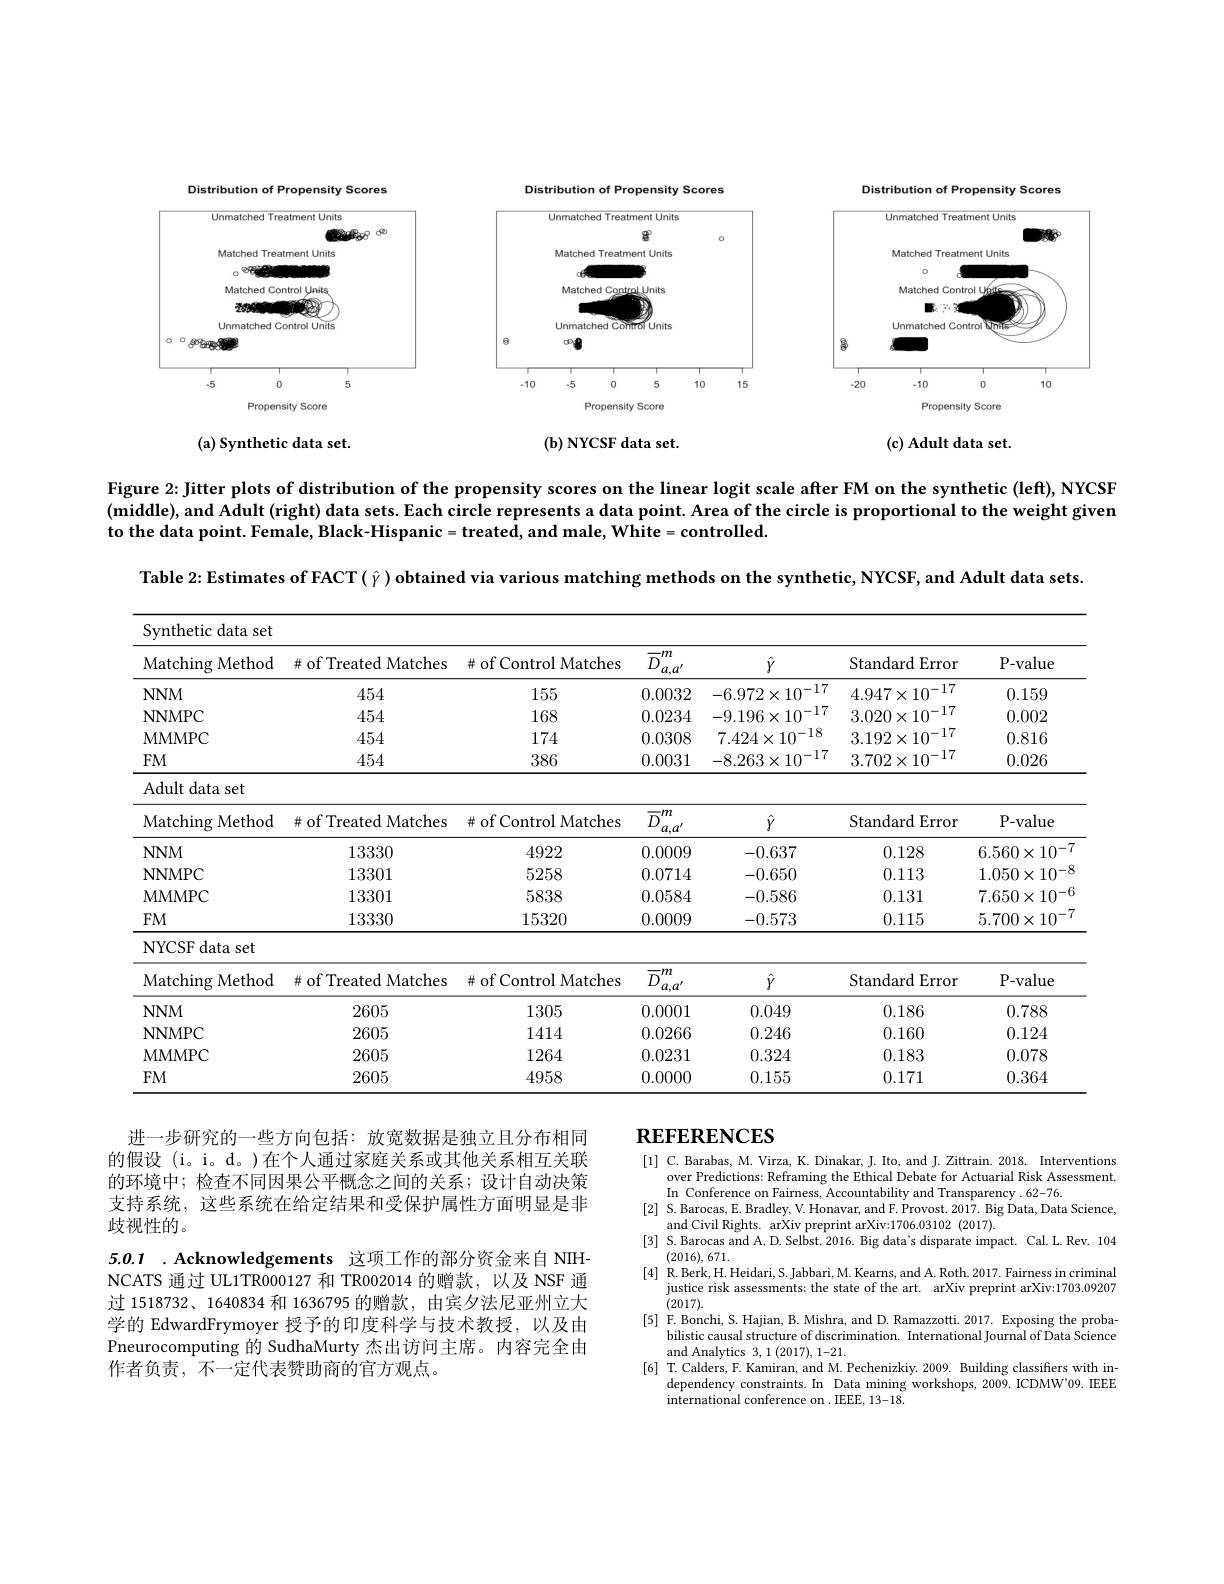
<FigureHere>

$(\mathbf{b})$ NYCSF data set.

(c) Adult data set.

(a) Synthetic data set.

Figure 2: Jitter plots of distribution of the propensity scores on the linear logit scale after FM on the synthetic (leff), NYCSF $( \textbf{middle) , and Adult ( right) data sets. Each circle represents a data point. Area of the circle is proportional to the weight given}$ to the data point. Female, Black-Hispanic=treated, and male, White= controlled.

Table 2: Estimates of FACT $(\hat{\gamma})$ obtained via various matching methods on the synthetic, NYCSF, and Adult data sets

<table>
	<tbody>
		<tr>
			<th>Matching Method TI</th>
			<th>$\#$ of Treated Matches</th>
			<th>$\#$ of Control Matches</th>
			<th>$\overline{D}_{a,a^{\prime}}^m$</th>
			<th>$\hat{Y}$</th>
			<th>Standard Error</th>
			<th>P-value</th>
		</tr>
		<tr>
			<td>$NNM$</td>
			<td>454</td>
			<td>155</td>
			<td>0.0032</td>
			<td>$-6.972\times10^{-17}$</td>
			<td>$4.947\times10^{-17}$</td>
			<td>0.159</td>
		</tr>
		<tr>
			<td>NNMPC</td>
			<td>454</td>
			<td>168</td>
			<td>0.0234</td>
			<td>$-9.196\times10^{-17}$</td>
			<td>$3.020\times10^{-17}$</td>
			<td>0.002</td>
		</tr>
		<tr>
			<td>MMMPC</td>
			<td>454</td>
			<td>174</td>
			<td>0.0308</td>
			<td>$7.424\times10^{-18}$</td>
			<td>$3.192\times10^{-17}$</td>
			<td>0.816</td>
		</tr>
		<tr>
			<td>$FM$</td>
			<td>454</td>
			<td>386</td>
			<td>0.0031</td>
			<td>$-8.263\times10^{-17}$</td>
			<td>$3.702\times10^{-17}$</td>
			<td>0.026</td>
		</tr>
		<tr>
			<td>Adult data set</td>
			<td> </td>
			<td> </td>
			<td> </td>
			<td> </td>
			<td> </td>
			<td> </td>
		</tr>
		<tr>
			<td>Matching Method 1</td>
			<td>$\#$ of Treated Matches</td>
			<td>$\#$ of Control Matches</td>
			<td>$\overline{\overline{D}_{a,a^{\prime}}^{m}}$ 1</td>
			<td>$\hat{Y}$</td>
			<td>Standard Error</td>
			<td>P- value</td>
		</tr>
		<tr>
			<td>$NNM$</td>
			<td>13330</td>
			<td>4922</td>
			<td>0.0009</td>
			<td>-0.637</td>
			<td>0.128</td>
			<td>$6.560\times10^{-7}$</td>
		</tr>
		<tr>
			<td>NNMPC</td>
			<td>13301</td>
			<td>5258</td>
			<td>0.0714</td>
			<td>-0.650</td>
			<td>0.113</td>
			<td>$1.050\times10^{-8}$</td>
		</tr>
		<tr>
			<td>MMMPC</td>
			<td>13301</td>
			<td>5838</td>
			<td>0.0584</td>
			<td>-0.586</td>
			<td>0.131</td>
			<td>$7.650\times10^{-6}$</td>
		</tr>
		<tr>
			<td>$FM$</td>
			<td>13330</td>
			<td>15320</td>
			<td>0.0009</td>
			<td>-0.573</td>
			<td>0.115</td>
			<td>$5.700\times10^{-}$</td>
		</tr>
		<tr>
			<td>NYCSF data set</td>
			<td> </td>
			<td> </td>
			<td> </td>
			<td> </td>
			<td> </td>
			<td> </td>
		</tr>
		<tr>
			<td>Matching Method TI</td>
			<td>$\#$ of Treated Matches</td>
			<td>$\#$ of Control Matches</td>
			<td>$\boxed{\overline{D}_{a,a^{\prime}}^{m}}$</td>
			<td>$\hat{Y}$</td>
			<td>Standard Error</td>
			<td>P-value</td>
		</tr>
		<tr>
			<td>$NNM$</td>
			<td>2605</td>
			<td>1305</td>
			<td>0.0001</td>
			<td>0.049</td>
			<td>0.186</td>
			<td>0.788</td>
		</tr>
		<tr>
			<td>NNMPC</td>
			<td>2605</td>
			<td>1414</td>
			<td>0.0266</td>
			<td>0.246</td>
			<td>0.160</td>
			<td>0.124</td>
		</tr>
		<tr>
			<td>MMMPC</td>
			<td>2605</td>
			<td>1264</td>
			<td>0.0231</td>
			<td>0.324</td>
			<td>0.183</td>
			<td>0.078</td>
		</tr>
	</tbody>
</table>

进一步研究的一些方向包括：放宽数据是独立且分布相同的假设 (i。i。d。)在个人通过家庭关系或其他关系相互关联的环境中；检查不同因果公平概念之间的关系；设计自动决策支持系统，这些系统在给定结果和受保护属性方面明显是非歧视性的。

5.0.1 . Acknowledgements 这项工作的部分资金来自 NIHNCATS 通过 UL1TR000127 和 TR002014 的赠款，以及 NSF 通过 1518732、1640834 和 1636795 的赠款，由宾夕法尼亚州立大学的 EdwardFrymoyer 授予的印度科学与技术教授，以及由Pneurocomputing 的 SudhaMurty 杰出访问主席。内容完全由作者负责，不一定代表赞助商的官方观点。

## $\textbf{REFERENCES}$

[1] C. Barabas, M. Virza, K. Dinakar, J. Ito, and J. Zittrain. 2018. Interventions
over Predictions: Reframing the Ethical Debate for Actuarial Risk Assessment.
In Conference on Fairness, Accountability and Transparency . 62-76.
[2] S.Barocas, E. Bradley, V. Honavar, and F. Provost. 2017. Big Data, Data Science,
and Civil Rights. arXiv preprint arXiv:1706.03102 (2017).
[3] S.Barocas and A.D.Selbst. 2016. Big data's disparate impact. Cal.L.Rev. 104
(2016),671.
[4] R.Berk,H.Heidari,S.Jabbari,M.Kearns,and A.Roth.2017.Fairness in criminal
justice risk assessments: the state of the art. arXiv preprint arXiv:1703.09207
(2017).
[5] F.Bonchi, S. Hajian, B. Mishra, and D. Ramazzotti. 2017. Exposing the proba-
bilistic causal structure of discrimination. International Journal of Data Science
and Analytics 3, 1 (2017), 1-21.
[6] T.Calders, F. Kamiran, and M. Pechenizkiy. 2009. Building classifiers with in-
dependency constraints.In Data mining workshops, 2009. ICDMW'09. IEEE
$\dot{\text{international conference on . IEEE, 13-18.}}$